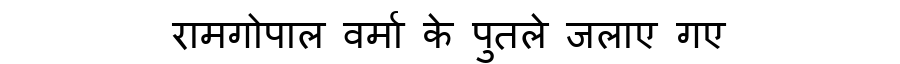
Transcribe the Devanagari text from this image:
रामगोपाल वर्मा के पुतले जलाए गए